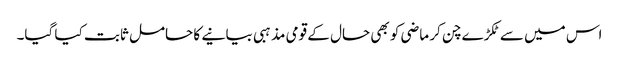
اس میں سے ٹکڑے چن کر ماضی کو بھی حال کے قومی مذہبی بیانیے کا حامل ثابت کیا گیا۔